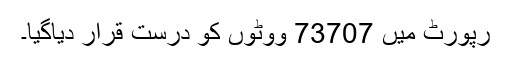
رپورٹ میں 73707 ووٹوں کو درست قرار دیاگیا۔